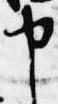
申